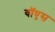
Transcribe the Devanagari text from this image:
वॉएस